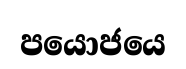
පයොජයෙ